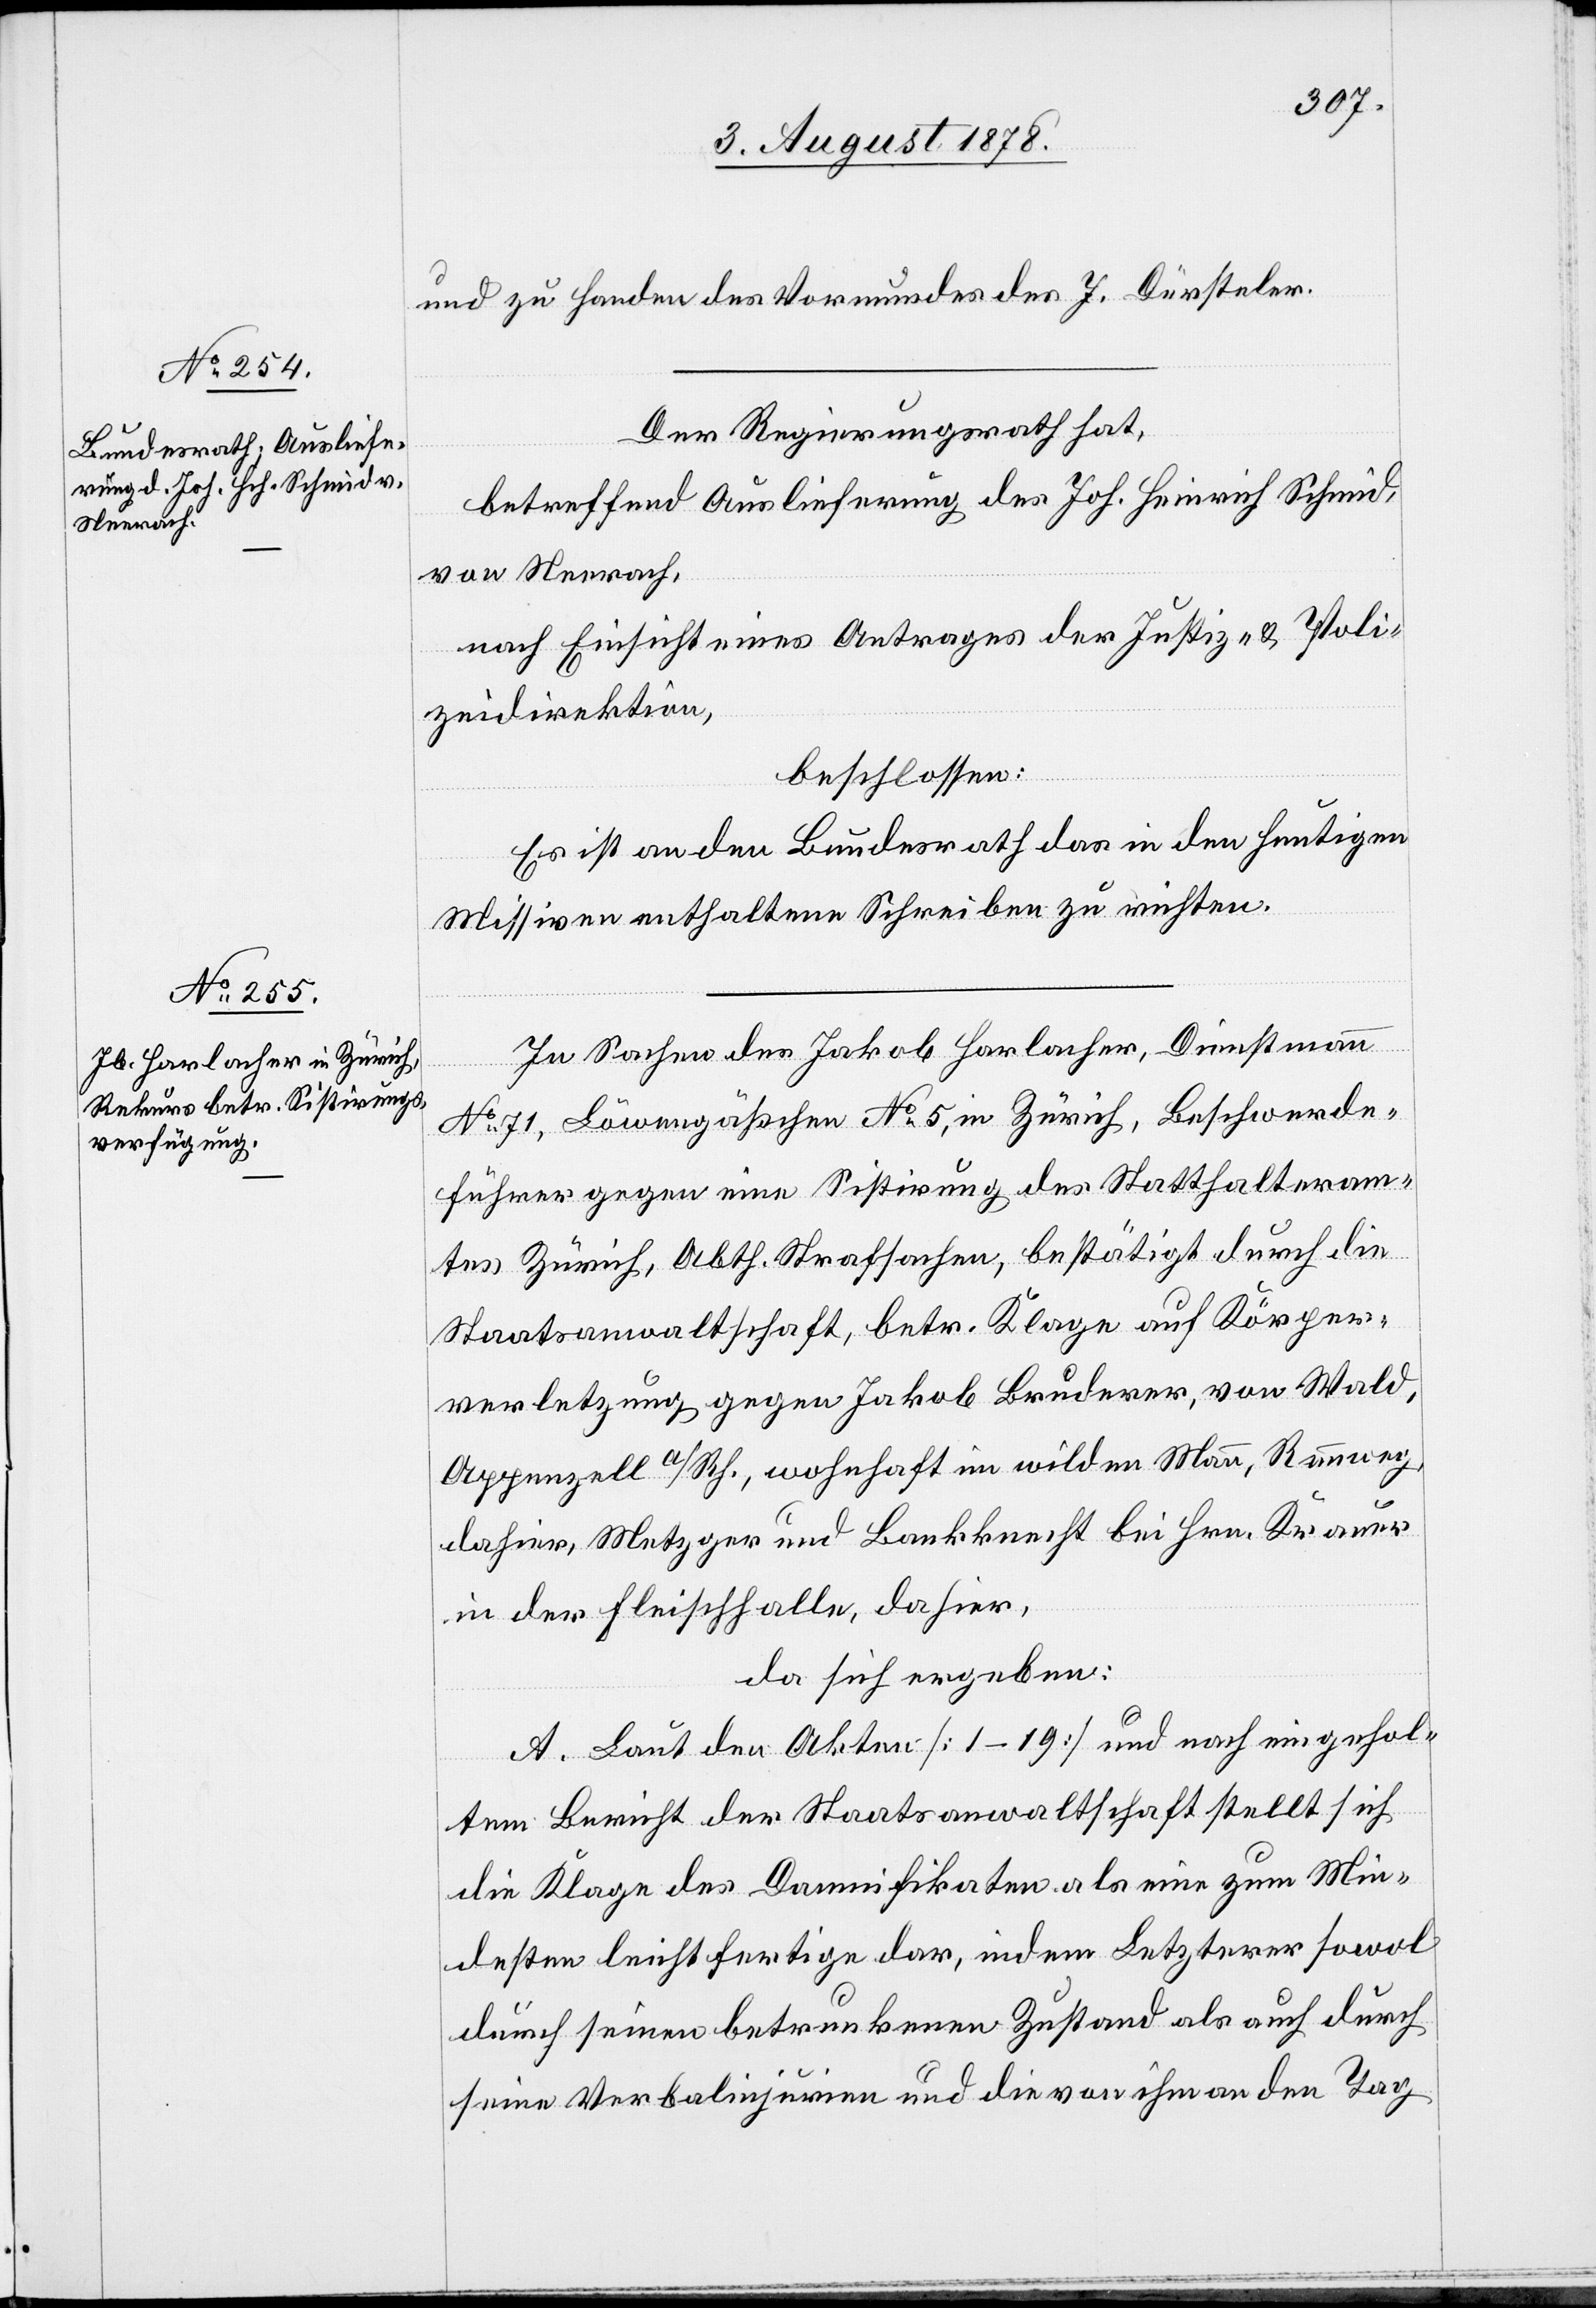
und zu Handen des Vormundes des J. Dürsteler.
Der Regierungsrath hat,
betreffend Auslieferung des Joh. Heinrich Schmid,
von Neerach,
nach Einsicht eines Antrages der Justiz- & Poli¬
zeidirektion,
beschlossen:
Es ist an den Bundesrath das in den heutigen
Missiven enthaltene Schreiben zu richten.